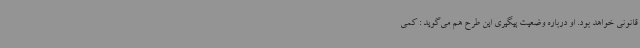
قانونی خواهد بود. او درباره وضعیت پیگیری این طرح هم می‌گوید : کمی